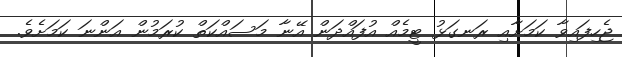
ޖެހިފައިވާ ކަމަށާއި ރަނގަޅު ޓީމެއް އުފައްދަން އޭނާ މަސައްކަތް ކުރަމުން އަންނަ ކަމަށެވެ.